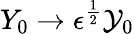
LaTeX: Y_{0}\rightarrow\epsilon^{\frac{1}{2}}\mathcal{Y}_{0}